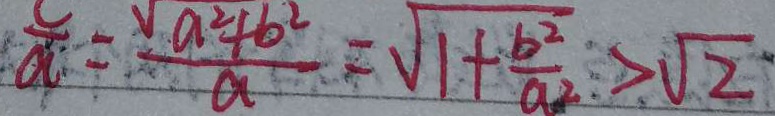
\frac { c } { a } = \sqrt { \frac { a ^ { 2 } + b ^ { 2 } } { a } } = \sqrt { 1 + \frac { b ^ { 2 } } { a ^ { 2 } } } > \sqrt { 2 }